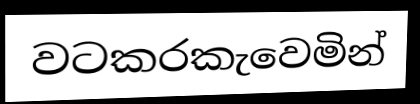
වටකරකැවෙමින්